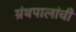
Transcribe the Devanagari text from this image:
ग्रंथपालांची